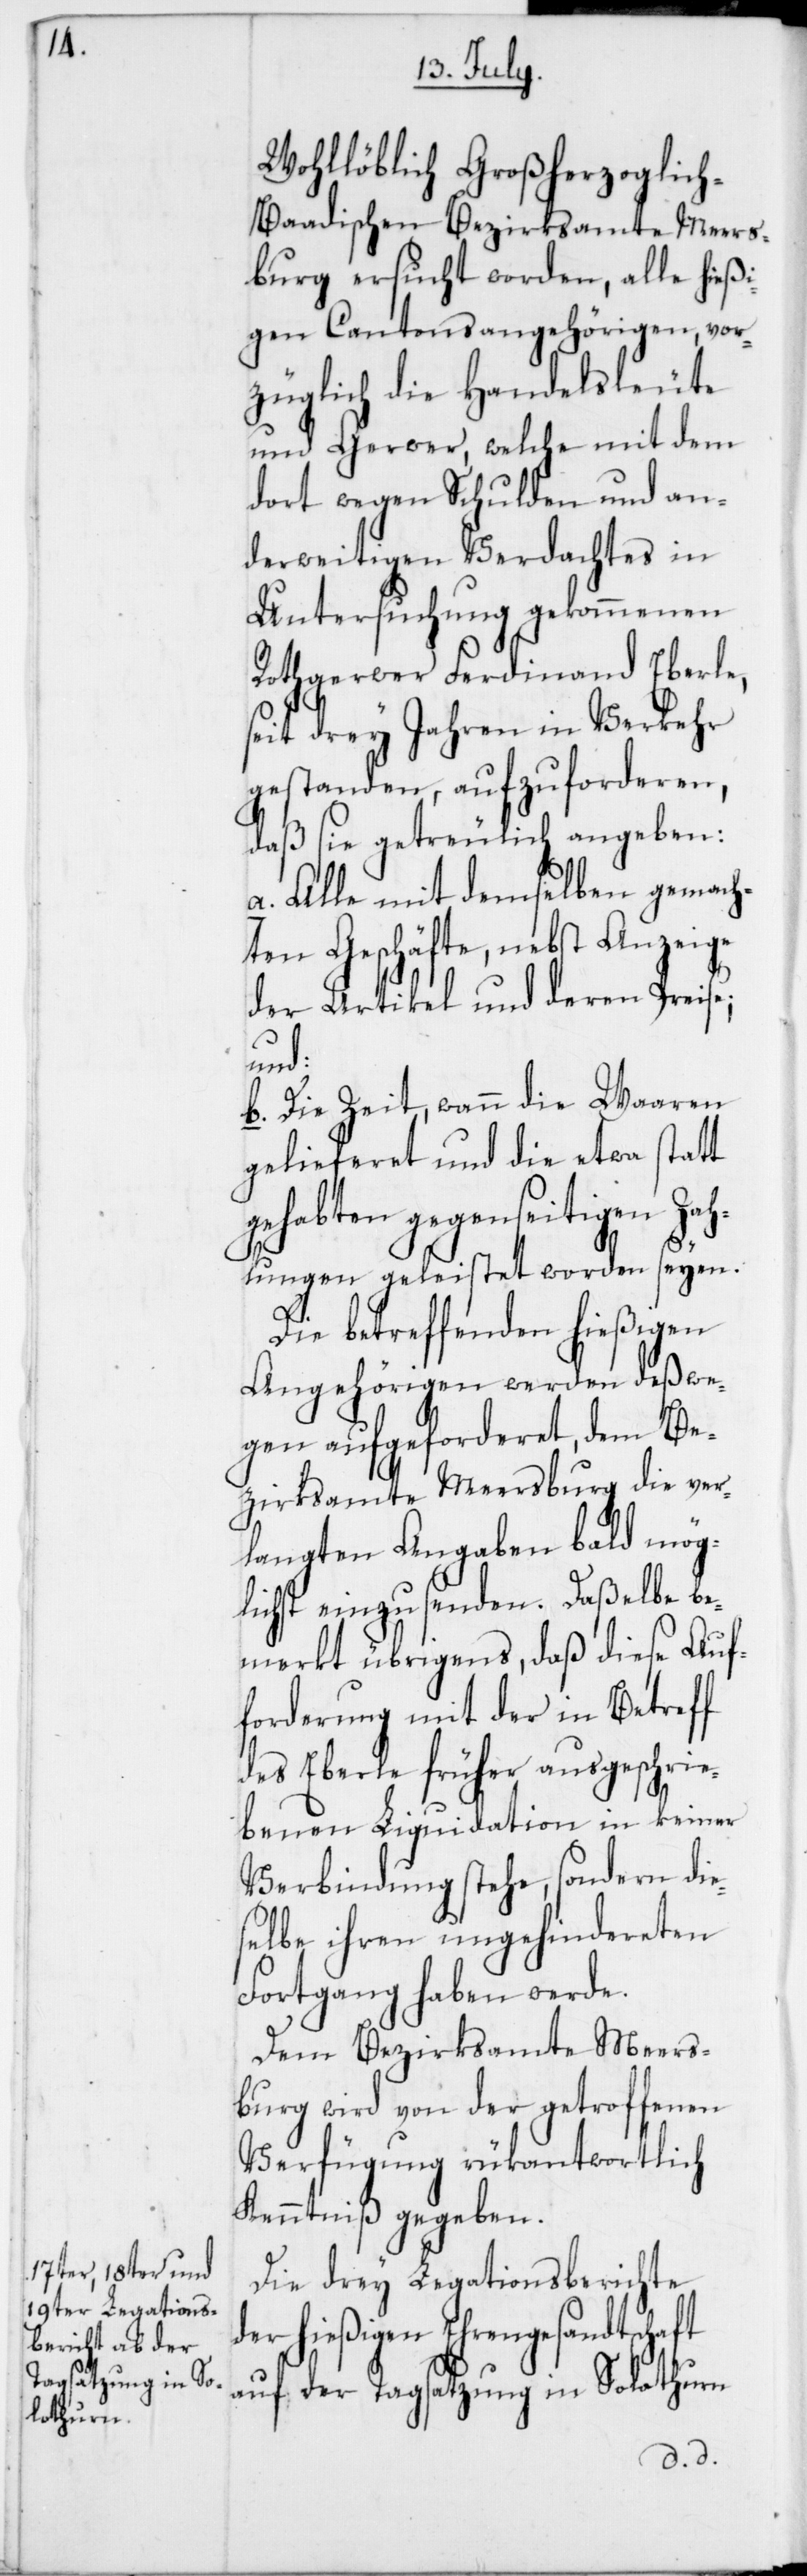
Wohllöblich Großherzoglic¬
h-Baadischen Bezirksamte Meers¬
burg ersucht worden, alle hießi¬
gen Cantonsangehörigen, vor¬
züglich die Handelsleute
und Gerwer, welche mit dem
dort wegen Schulden und an¬
derweitigen Verdachtes in
Untersuchung gekommenen
Rothgerwer Ferdinand Eberle,
seit drey Jahren in Verkehr
gestanden, aufzuforderen,
daß sie getreulich angeben:
a) Alle mit demselben gemach¬
ten Geschäfte, nebst Anzeige
der Artikel und deren Preise;
und:
b) Die Zeit, wann die Waaren
gelieferet und die etwa statt
gehabten gegenseitigen Zah¬
lungen geleistet worden seyen.
Die betreffenden hießigen
Angehörigen werden deßwe¬
gen aufgeforderet, dem Be¬
zirksamte Meersburg die ver¬
langten Angaben bald mög¬
lichst einzusenden. Daßelbe be¬
merkt übrigens, daß diese Auf¬
forderung mit der in Betreff
des Eberle früher ausgeschrie¬
benen Liquidation in keiner
Verbindung stehe, sondern die¬
selbe ihren ungehindereten
Fortgang haben werde.
Dem Bezirksamte Meers¬
burg wird von der getroffenen
Verfügung rükantwortlich
Kenntniß gegeben.
Die drei Legationsberichte
der hießigen Ehrengesandtschaft
auf der Tagsatzung in Solothurn